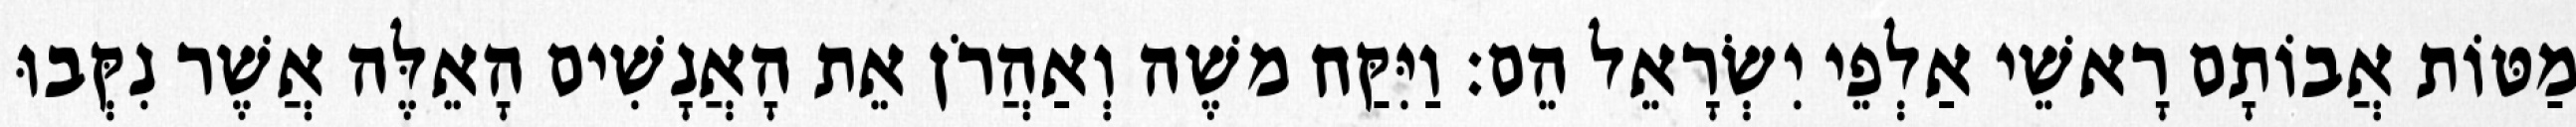
מַטּוֹת אֲבוֹתָם רָאשֵׁי אַלְפֵי יִשְׂרָאֵל הֵם׃ וַיִּקַּח משֶׁה וְאַהֲרֹן אֵת הָאֲנָשִׁים הָאֵלֶּה אֲשֶׁר נִקְּבוּ